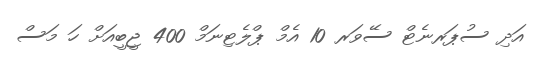
އަދި ސުޕަރނެޓް ސޭވަރ 10 އެމް ޕްލެޓިނަމް 400 ޖީބީއަށް ހަ މަސް